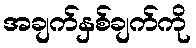
အချက်နှစ်ချက်ကို